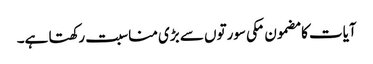
آیات کا مضمون مکی سورتوں سے بڑی مناسبت رکھتا ہے۔